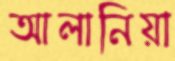
আলানিয়া